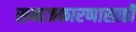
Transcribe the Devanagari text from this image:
समाजकारणासाठी